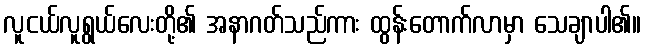
လူငယ်လူရွယ်လေးတို့၏ အနာဂတ်သည်ကား ထွန်းတောက်လာမှာ သေချာပါ၏။